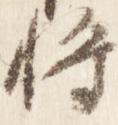
将